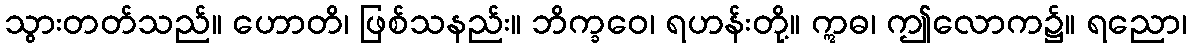
သွားတတ်သည်။ ဟောတိ၊ ဖြစ်သနည်း။ ဘိက္ခဝေ၊ ရဟန်းတို့။ ဣဓ၊ ဤလောက၌။ ရညော၊